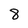
Character: 8